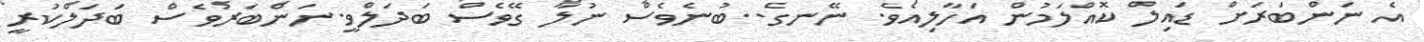
އެ ނަންބަރަށް ޑައިލް ކޮއްލަމުން އަހާލިއެވެ. ނޭނގެ..ބުނެވެސް ނުލާ ގޭވެސް ބަދަލްވީ.ނަންބަރުވެސް ބަދަލްކުރީ